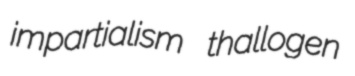
impartialism thallogen